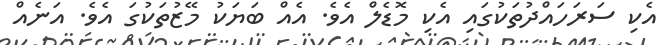
އެކި ސަރަހައްދުތަކުގައި އެކި މޮޑެލް އެވެ. އެއް ބަޔަކު މޭޒުތަކުގަ އެވެ. އަނެއް